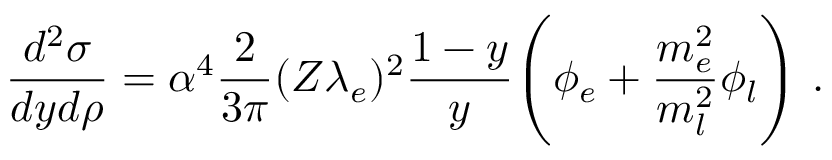
{ \frac { d ^ { 2 } \sigma } { d y d \rho } } = \alpha ^ { 4 } { \frac { 2 } { 3 \pi } } ( Z \lambda _ { e } ) ^ { 2 } { \frac { 1 - y } { y } } \Biggl ( \phi _ { e } + { \frac { m _ { e } ^ { 2 } } { m _ { l } ^ { 2 } } } \phi _ { l } \Biggr ) \ .